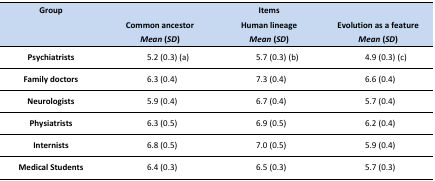
<table><thead><tr><td><b>Group</b></td><td colspan="3"><b>Items</b></td></tr><tr><td></td><td><b>Common ancestor<i>Mean</i> (<i>SD</i>)</b></td><td><b>Human lineage<i>Mean</i> (<i>SD</i>)</b></td><td><b>Evolution as a feature<i>Mean</i> (<i>SD</i>)</b></td></tr></thead><tbody><tr><td><b>Psychiatrists</b></td><td>5.2 (0.3) (a)</td><td>5.7 (0.3) (b)</td><td>4.9 (0.3) (c)</td></tr><tr><td><b>Family doctors</b></td><td>6.3 (0.4)</td><td>7.3 (0.4)</td><td>6.6 (0.4)</td></tr><tr><td><b>Neurologists</b></td><td>5.9 (0.4)</td><td>6.7 (0.4)</td><td>5.7 (0.4)</td></tr><tr><td><b>Physiatrists</b></td><td>6.3 (0.5)</td><td>6.9 (0.5)</td><td>6.2 (0.4)</td></tr><tr><td><b>Internists</b></td><td>6.8 (0.5)</td><td>7.0 (0.5)</td><td>5.9 (0.4)</td></tr><tr><td><b>Medical Students</b></td><td>6.4 (0.3)</td><td>6.5 (0.3)</td><td>5.7 (0.3)</td></tr></tbody></table>